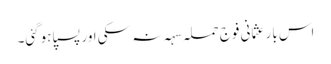
اس بار عثمانی فوج حملہ سہہ نہ سکی اور پسپا ہوگئی۔